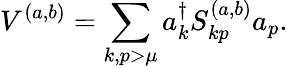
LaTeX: V^{(a,b)}=\sum_{k,p>\mu}a_{k}^{\dagger}S_{kp}^{(a,b)}a_{p}.